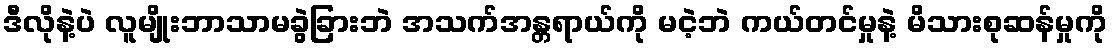
ဒီလိုနဲ့ပဲ လူမျိုးဘာသာမခွဲခြားဘဲ အသက်အန္တရာယ်ကို မငဲ့ဘဲ ကယ်တင်မှုနဲ့ မိသားစုဆန်မှုကို